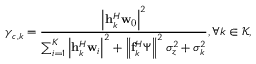
\gamma _ { c , k } = \frac { \left| \mathbf { h } _ { k } ^ { H } \mathbf { w } _ { \mathrm { 0 } } \right| ^ { 2 } } { \sum _ { i = 1 } ^ { K } \left| \mathbf { h } _ { k } ^ { H } \mathbf { w } _ { i } \right| ^ { 2 } + \left\| \mathbf { f } _ { k } ^ { H } \boldsymbol { \Psi } \right\| ^ { 2 } \sigma _ { z } ^ { 2 } + \sigma _ { k } ^ { 2 } } , \forall k \in \mathcal { K } ,